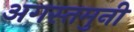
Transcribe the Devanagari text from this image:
अगस्‍तमुनी